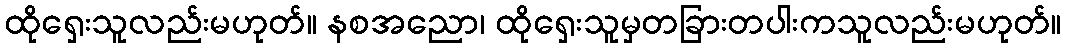
ထိုရှေးသူလည်းမဟုတ်။ နစအညော၊ ထိုရှေးသူမှတခြားတပါးကသူလည်းမဟုတ်။